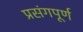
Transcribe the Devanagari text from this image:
प्रसंगपूर्ण